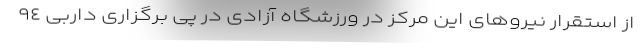
از استقرار نیروهای این مرکز در ورزشگاه آزادی در پی برگزاری داربی ٩٤